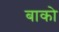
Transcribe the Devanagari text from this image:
बाको